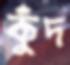
কুঁদ